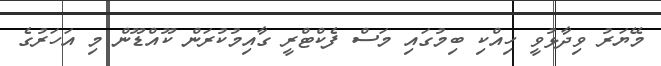
މޭޔަރު ވިދާޅުވީ ހިއްކި ބިމުގައި މަސް ފެކްޓްރީ ގާއިމުކުރަން ކޫއްޑޫން މި އަހަރުގެ